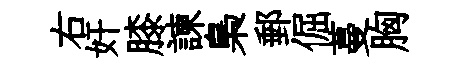
右奸膝諫梟郵倔蔓胸